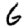
Digit: 6